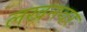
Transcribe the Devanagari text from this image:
लखनवर